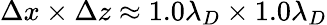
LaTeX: \Delta x\times\Delta z\approx 1.0\lambda_{D}\times 1.0\lambda_{D}